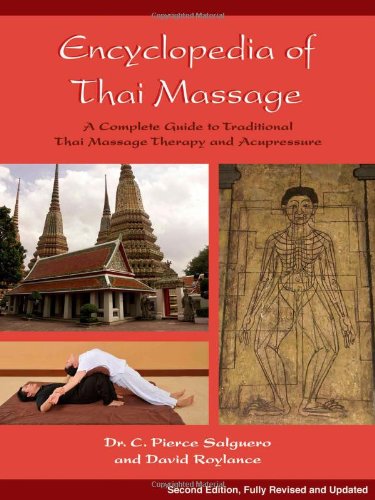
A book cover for Encyclopedia of Thai Massage: A Complete Guide to Traditional Thai Massage Therapy and Acupressure; C. Pierce Salguero; Health, Fitness & Dieting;